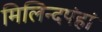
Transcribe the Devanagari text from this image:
मिलिन्दपंहां